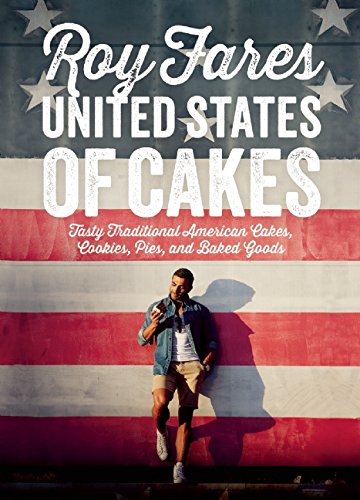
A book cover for United States of Cakes: Tasty Traditional American Cakes, Cookies, Pies, and Baked Goods; Roy Fares; Cookbooks, Food & Wine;